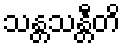
သန္တသန္တီတိ